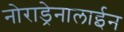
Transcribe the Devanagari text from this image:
नोराड्रेनालाईन